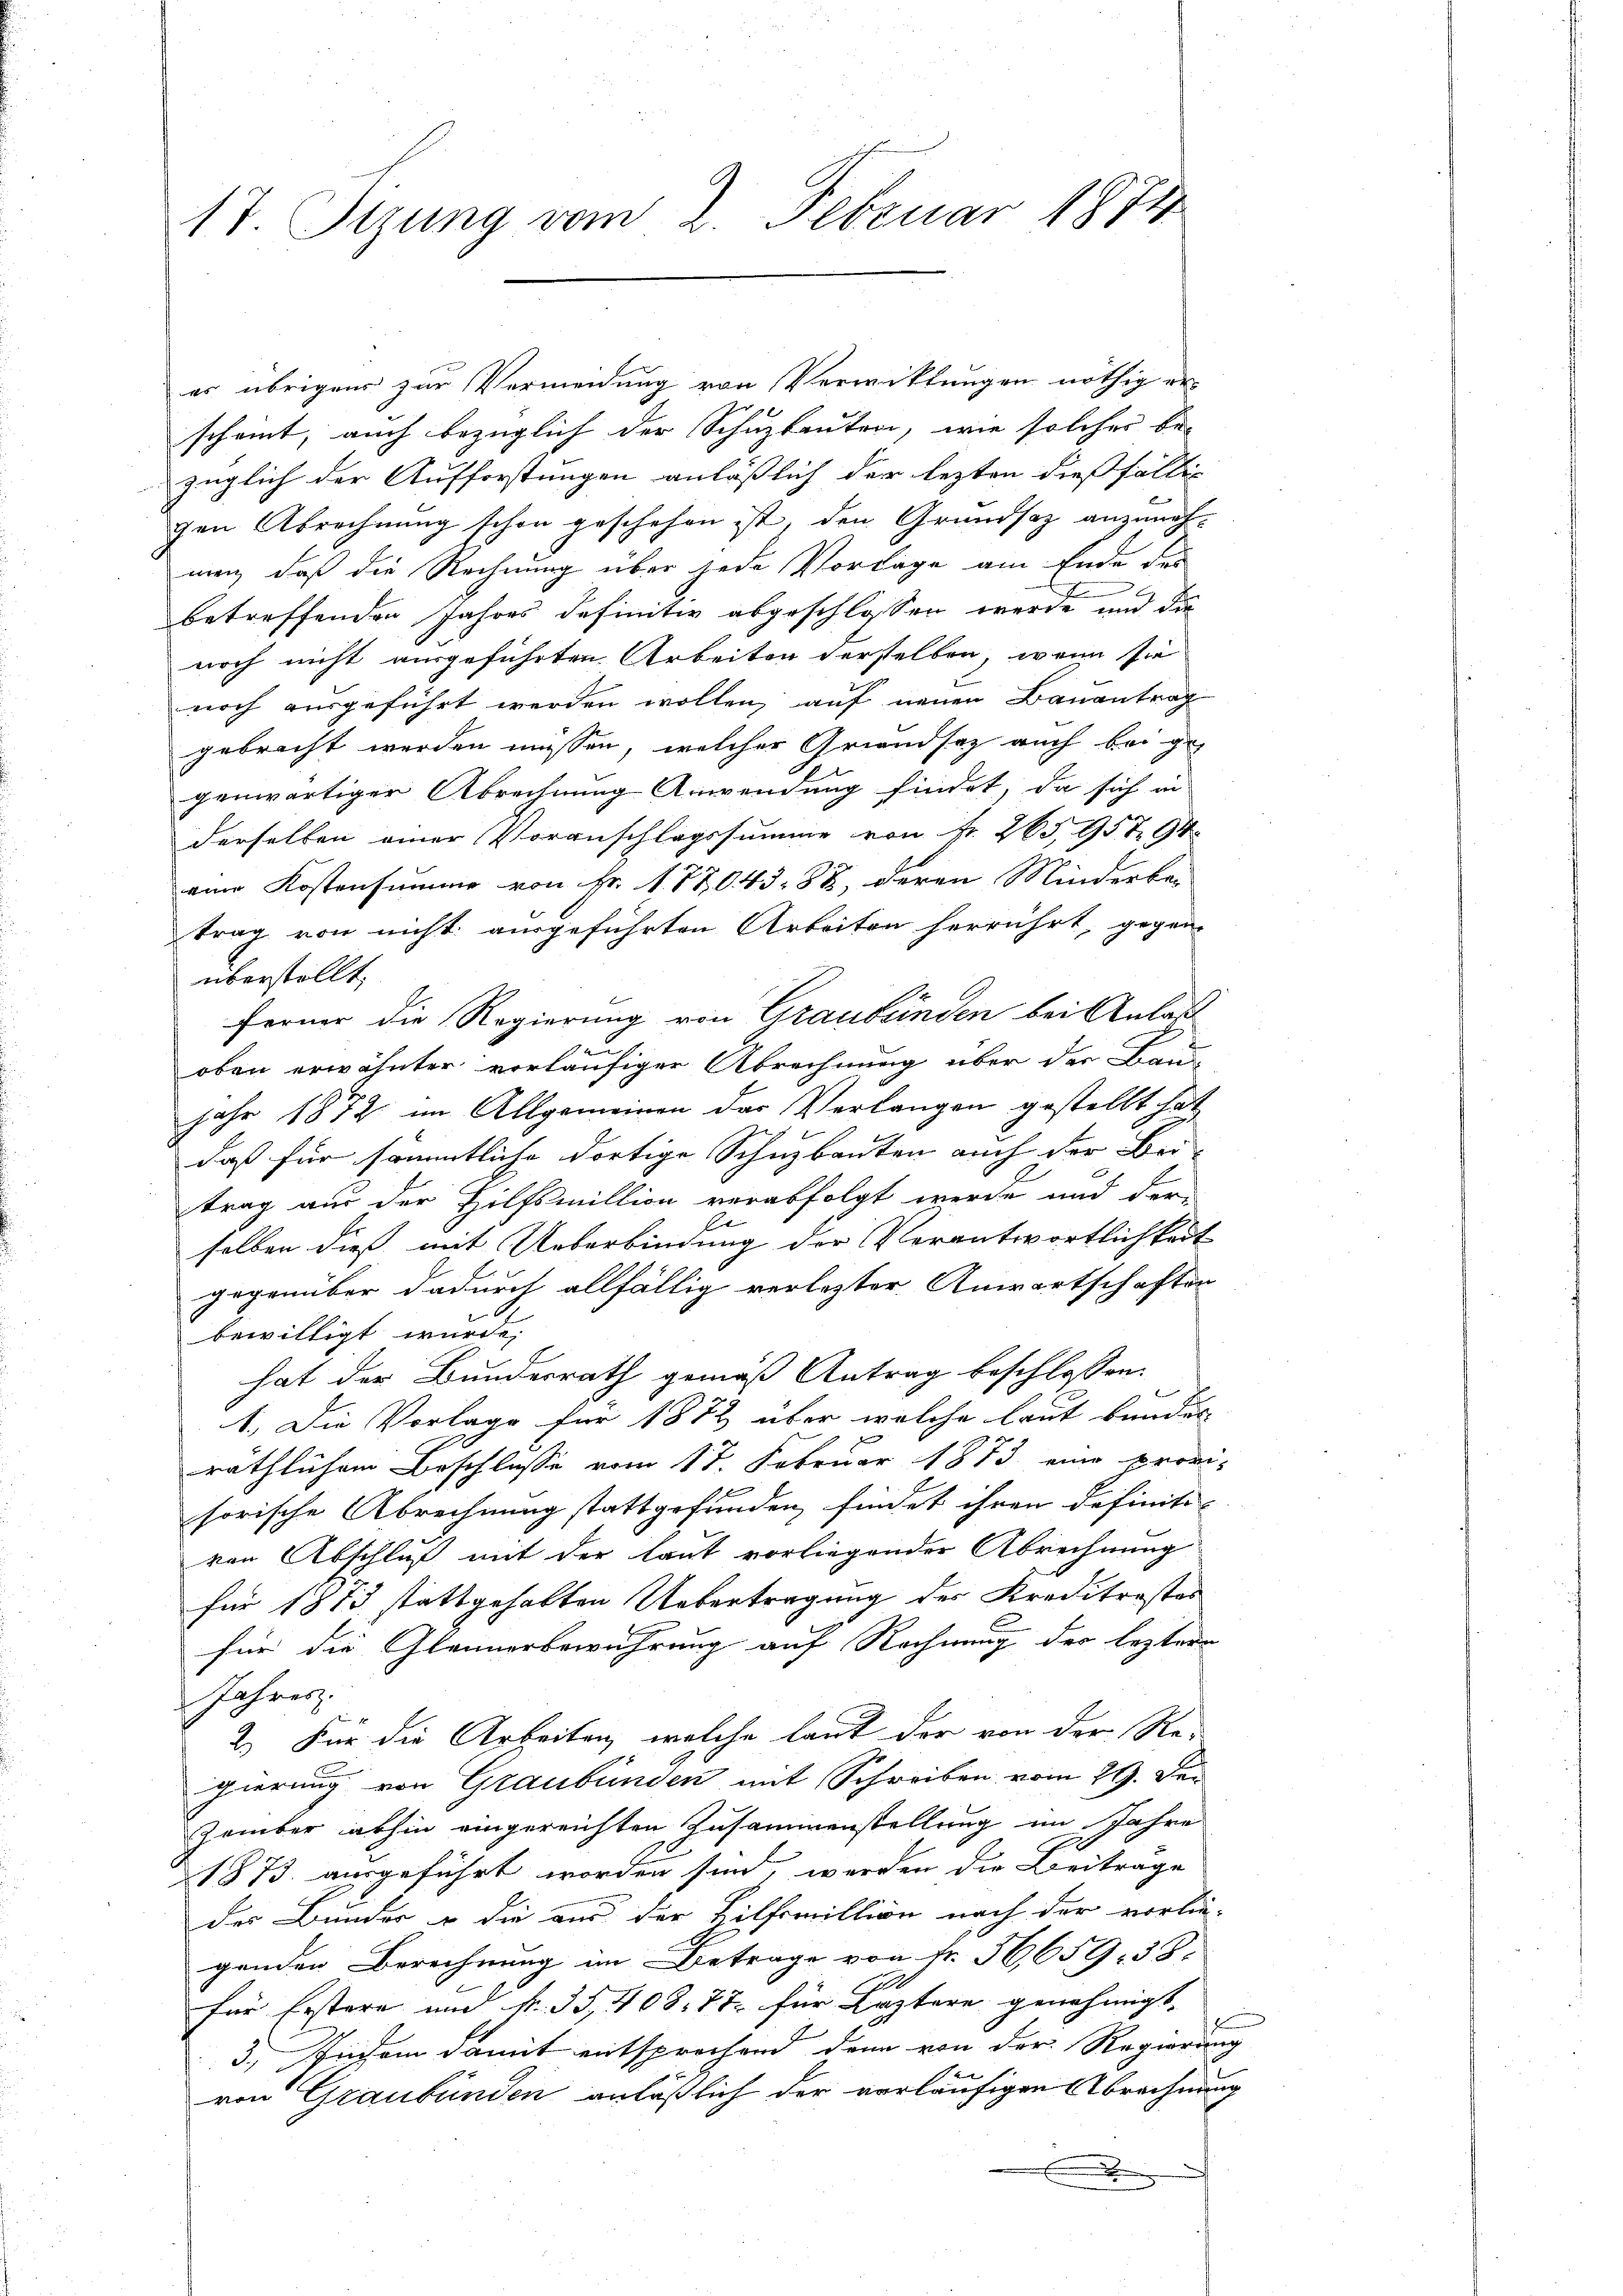
17. Sizung vom 2. Februar 1874

er übrigens zur Vermeidung von Verwittungen nöthig erscheint, auch bezüglich der Schuzbauten, wie solches be-
züglich der Aufforstungen anläßlich der lezten dießfällig
gen Abrechnung schon geschehen ist, den Grundsaz anzunehmen, daß die Rechnung über jede Vorlage am Ende des
betreffenden Jahres definitiv abgeschlossen werde, und die
noch nicht ausgeführten Arbeiten derstellen, wenn sie
noch ausgeführt werden wollen, auf neuen Bauantrag
gebracht werden müssen, welcher Grandsaz auch bei ge
genwärtiger Abrechnung Anwendung findet, da sich in
derselben einer Voranschlagssumme von Fr. 265,95 794
eine Kostensumme von Fr. 17204388, deren Minderbei
trag von nicht ausgeführten Arbeiten herrührt, gegen-
überstellt.
ferner die Regierung von Graubünden bei Anlaß
e
oben erwähnter vorläufiger Abrechnung über der Bau
jahr 1872 im Allgemeinen das Verlangen gestellt hat
daß für sämmtliche dortige Schuzbauten auch der Bei-
trag aus der Hilfsmillion verabfolgt werde und der-
selben dieß mit Ueberbindung der Verantwortlichkeit
gegenüber dadurch allfällig verlezter Anwartschaften
bewilligt wurde,
hat der Bundesrath gemäß Antrag beschlossen:
1. Die Vorlage für 1872 über welche laut bundes
räthlichem Beschlusse vom 17. Februar 1873 eine provihorische Abrechnung stattgefunden, findet ihren definiti-
von Abschluß mit der laut vorliegender Abrechnung
für 1873 stattgehalten Uebertragung des Kreditrostes
für die Glaunerbewahrung auf Rechnung der leztere
Jahres
2.) Für die Arbeiten, welche laut der von der Re-
gierung von Graubünden mit Schreiben vom 29. Dezember abhin eingereichten Zusammenstellung im Jahre
1873 ausgeführt worden sind, werden die Beiträge
der Bunder u die aus der Hilfsmillion nach der vorlie-
genden Berechnung im Betrage von Fr. 36659. 38.
t
für Erstere und fr. 35, 408. 77 für Leztere genehmigt.
3., Ingen damit entsprochend dann von der Regierung
von Graubünden anläßlich der vorläufigen Abrechnung